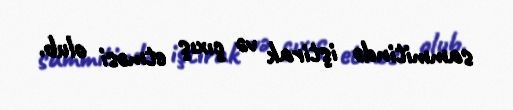
sammitində iştirak və çıxış etməsi olub.